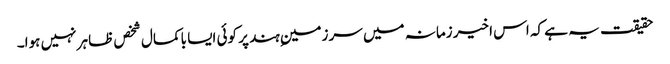
حقیقت یہ ہے کہ اس اخیر زمانہ میں سرزمینِ ہند پر کوئی ایسا باکمال شخص ظاہر نہیں ہوا۔